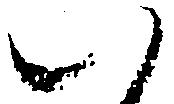
い